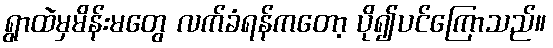
ရွာထဲမှမိန်းမတွေ လက်ခံရန်ကတော့ ပို၍ပင်ကြောသည်။